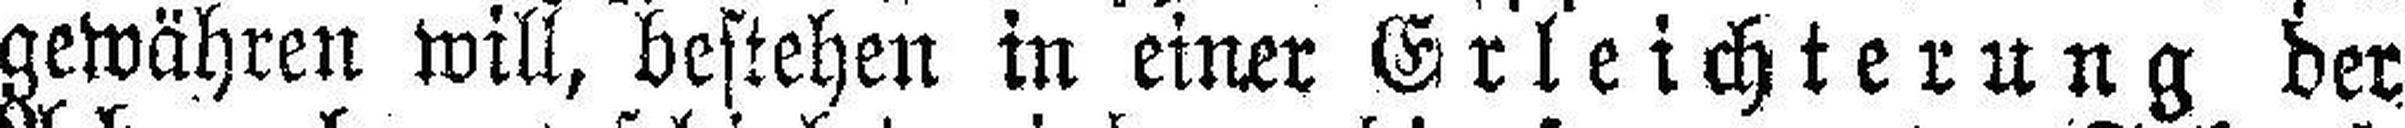
gewähren will, bestehen in einer Erleichterung der